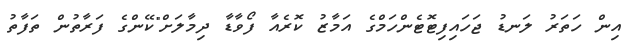
އިން ހަތަރު ލަނޑު ޖަހައިފިޓޮޓެންހަމްގެ އަމާޒު ކޮރެއާ ފޯވާޑާ ދިމާލަށް"ކޭންގެ ފަރާތުން ތަފާތު